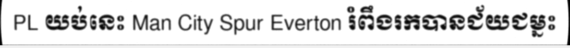
PL យប់នេះ Man City Spur Everton រំពឹងរកបានជ័យជម្នះ